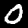
Digit: 0